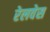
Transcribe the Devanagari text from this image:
रेलवेस